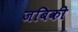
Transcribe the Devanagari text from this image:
जबिकी